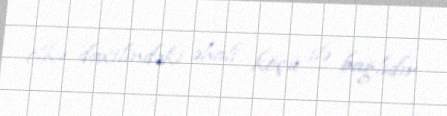
ölkə daxilindəki əhali köçü ilə bağlıdır.